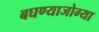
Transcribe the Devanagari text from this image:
बघण्याजोग्या